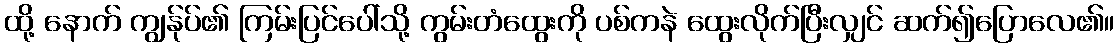
ထို့ နောက် ကျွန်ုပ်၏ ကြမ်းပြင်ပေါ်သို့ ကွမ်းတံထွေးကို ပစ်ကနဲ ထွေးလိုက်ပြီးလျှင် ဆက်၍ပြောလေ၏။